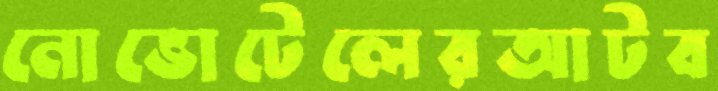
নোভোটেলেরআটব